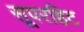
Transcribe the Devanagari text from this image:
सूपरहिट